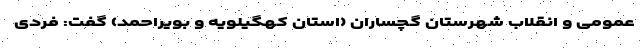
عمومی و انقلاب شهرستان گچساران (استان کهگیلویه و بویراحمد) گفت: فردی